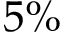
5 \%